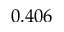
0 . 4 0 6